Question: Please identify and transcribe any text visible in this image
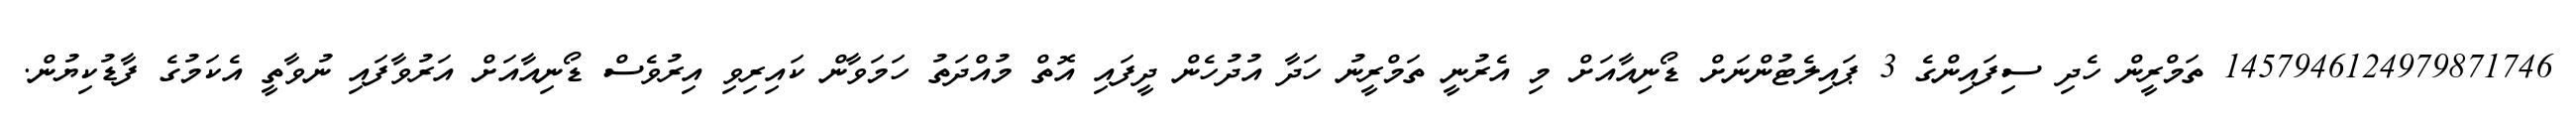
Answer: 1457946124979871746 ތަމްރީން ހެދި ސިފައިންގެ 3 ޕައިލެޓުންނަށް ޑޯނިއާއަށް މި އެރުނީ ތަމްރީނު ހަދާ އުދުހެން ދީފައި އޮތް މުއްދަތު ހަމަވާން ކައިރިވި އިރުވެސް ޑޯނިއާއަށް އަރުވާފައި ނުވާތީ އެކަމުގެ ފާޑުކިޔުން.